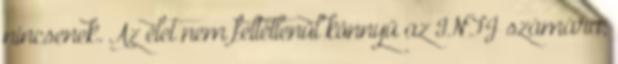
nincsenek. Az élet nem feltétlenül könnyű az INFJ számára,